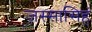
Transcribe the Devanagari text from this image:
जस्सासिहं